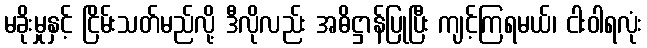
မခိုးမှုနှင့် ငြိမ်းသတ်မည်လို့ ဒီလိုလည်း အဓိဋ္ဌာန်ပြုပြီး ကျင့်ကြရမယ်၊ ငါးဝါရလုံး